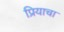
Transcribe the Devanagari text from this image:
प्रियाचा